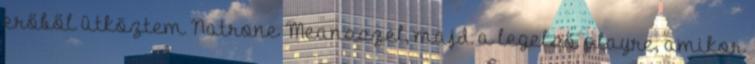
erőből ütköztem Natrone Meansszel, majd a legelső playre, amikor